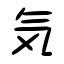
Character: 気